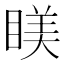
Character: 𥈢